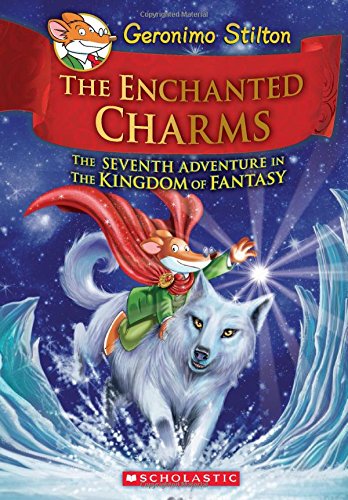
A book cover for Geronimo Stilton and the Kingdom of Fantasy #7: The Enchanted Charms; Geronimo Stilton; Children's Books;